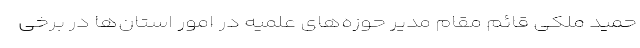
حمید ملکی قائم مقام مدیر حوزه‌های علمیه در امور استان‌ها در برخی